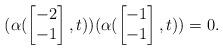
LaTeX: \begin{align*}(\alpha(\begin{bmatrix}-2\\-1\end{bmatrix},t))(\alpha(\begin{bmatrix}-1\\-1\end{bmatrix},t))=0.\end{align*}